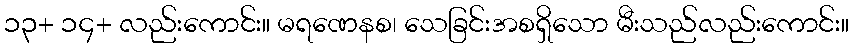
၁၃+ ၁၄+ လည်းကောင်း။ မရဏေနစ၊ သေခြင်းအစရှိသော မီးသည်လည်းကောင်း။